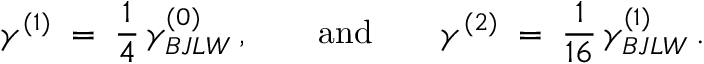
\gamma ^ { ( 1 ) } \; = \; \frac { 1 } { 4 } \, \gamma _ { B J L W } ^ { ( 0 ) } \, , \qquad \mathrm { a n d } \qquad \gamma ^ { ( 2 ) } \; = \; \frac { 1 } { 1 6 } \, \gamma _ { B J L W } ^ { ( 1 ) } \, .